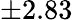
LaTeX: \pm 2.83